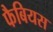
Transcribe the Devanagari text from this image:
फैबियस